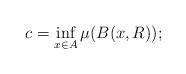
\begin{align*}c=\inf_{x\in A}\mu(B(x,R));\end{align*}